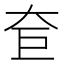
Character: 奆